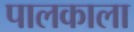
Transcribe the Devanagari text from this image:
पालकाला